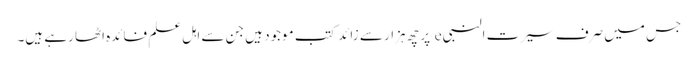
جس میں صرف سیرت النبی e پر چھ ہزار سے زائد کتب موجود ہیں جن سے اہل علم فائدہ اٹھا رہے ہیں۔